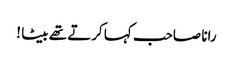
رانا صاحب کہا کرتے تھے بیٹا !